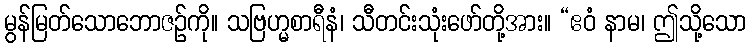
မွန်မြတ်သောဘောဇဉ်ကို။ သဗြဟ္မစာရီနံ၊ သီတင်းသုံးဖော်တို့အား။ “ဧဝံ နာမ၊ ဤသို့သော